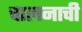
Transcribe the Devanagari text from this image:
चालनाची